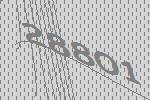
28801